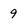
Character: 9